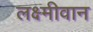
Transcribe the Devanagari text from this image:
लक्ष्मीवान